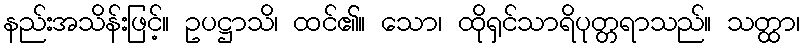
နည်းအသိန်းဖြင့်။ ဥပဋ္ဌာသိ၊ ထင်၏။ သော၊ ထိုရှင်သာရိပုတ္တရာသည်။ သတ္ထာ၊